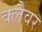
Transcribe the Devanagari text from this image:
क्लैवर